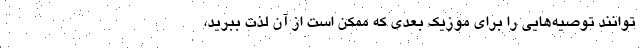
‌توانند توصیه‌هایی را برای موزیک بعدی که ممکن است از آن لذت ببرید،